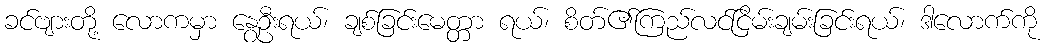
ခင်ဗျားတို့ လောကမှာ နွေဦးရယ်၊ ချစ်ခြင်းမေတ္တာ ရယ်၊ စိတ်၏ကြည်လင်ငြိမ်းချမ်းခြင်းရယ်၊ ဒါလောက်ကို